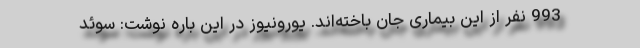
993 نفر از این بیماری جان باخته‌اند. یورونیوز در این باره نوشت: سوئد